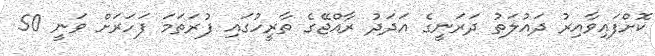
ކޮށްފައިވާއިރު ދައުލަތު ދަރަނީގެ އަދަދު ރާއްޖޭގެ ތާރީހުގައި ފުރަތަމަ ފަހަރަށް ވަނީ 50